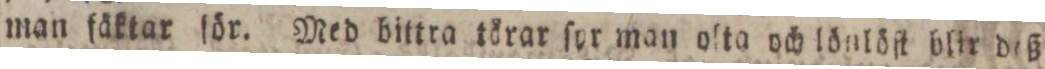
man fäktar för. Med bittra törar ſyr man oſta och lönlöſt blir diß